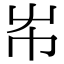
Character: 𡴅